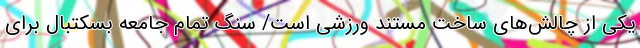
یکی از چالش‌های ساخت مستند ورزشی است/ سنگ تمام جامعه بسکتبال برای